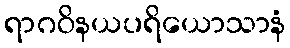
ရာဂဝိနယပရိယောသာနံ